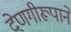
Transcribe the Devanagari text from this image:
देणगीरूपाने